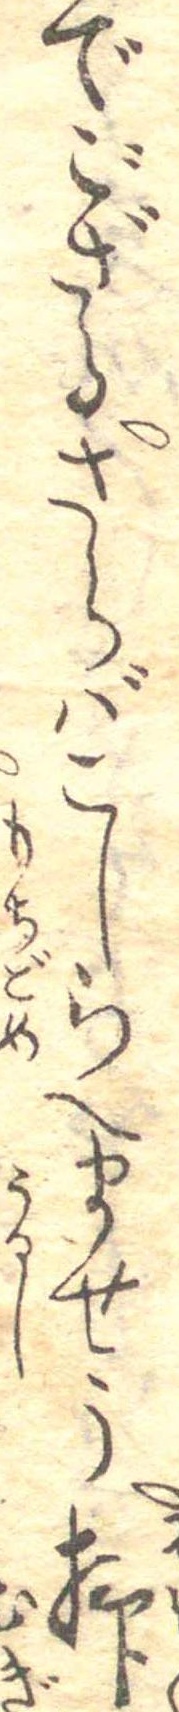
でござるさらばこしらへませう抑